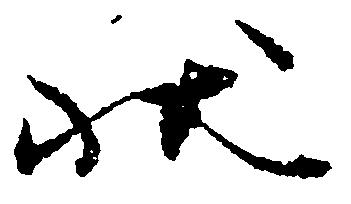
状